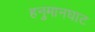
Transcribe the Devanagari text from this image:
हनुमानघाट